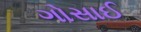
ગોસાઈ